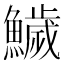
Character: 鱥